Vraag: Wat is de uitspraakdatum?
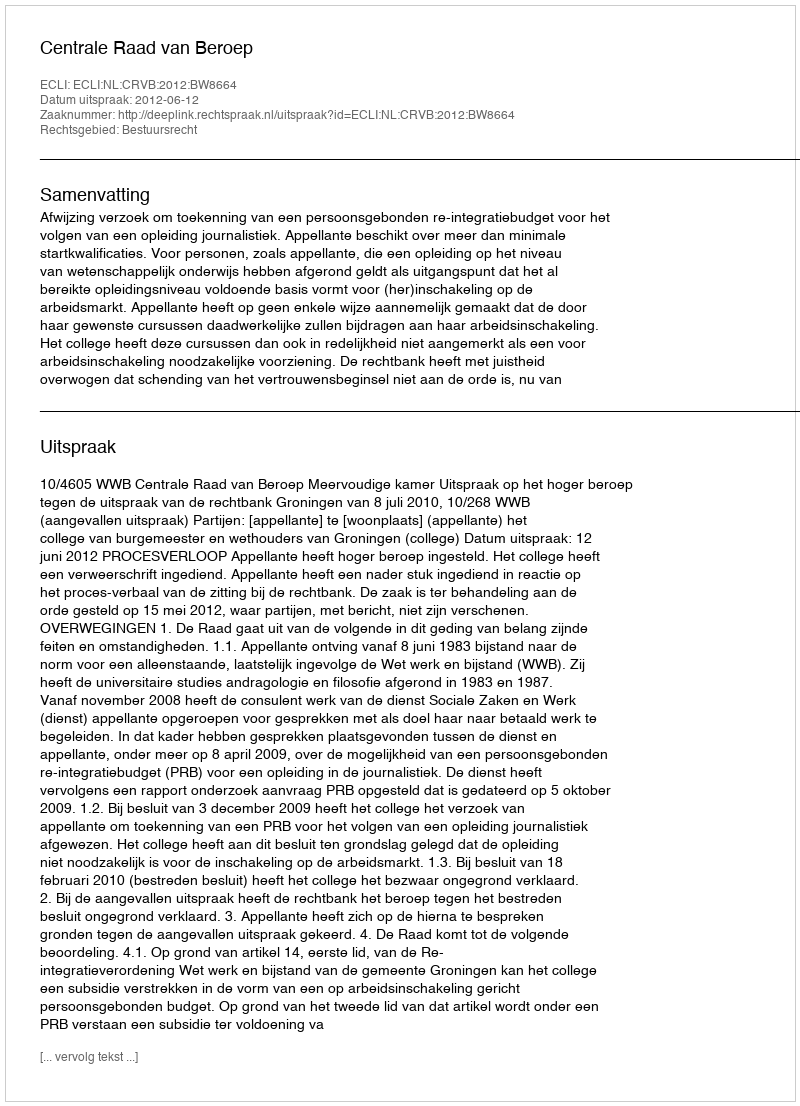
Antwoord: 2012-06-12